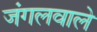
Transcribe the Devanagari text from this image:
जंगलवाले